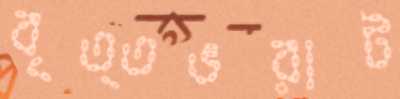
বৃত্তভরাট